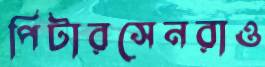
পিটারসেনরাও